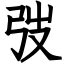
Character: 弢